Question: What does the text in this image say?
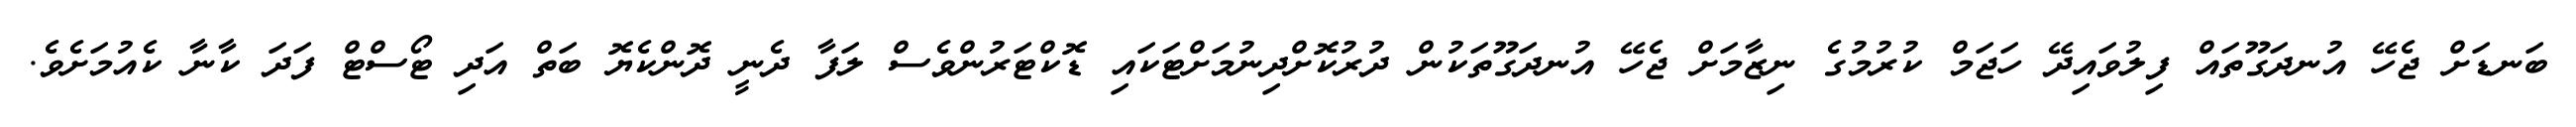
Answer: ބަނޑަށް ޖެހޭ އުނދަގޫތައް ފިލުވައިދޭ ހަޖަމް ކުރުމުގެ ނިޒާމަށް ޖެހޭ އުނދަގޫތަކުން ދުރުކޮށްދިނުމަށްޓަކައި ޑޮކްޓަރުންވެސް ލަފާ ދެނީ ދޮންކެޔޮ ބަތް އަދި ޓޯސްޓް ފަދަ ކާނާ ކެއުމަށެވެ.